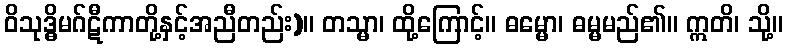
ဝိသုဒ္ဓိမဂ်ဋီကာတို့နှင့်အညီတည်း)။ တသ္မာ၊ ထို့ကြောင့်။ ဓမ္မော၊ ဓမ္မမည်၏။ ဣတိ၊ သို့။